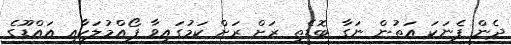
ދެން ފެނަކަ އަތުން ނަގާ ބޮޑެތި ރަށް ރަށް ކަމުގައިވާ ފޯއްމުލަކާއި އައްޑޫގެ